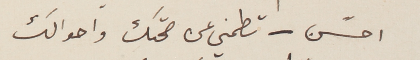
احسًن – تطمني عن صحتك واحوالك